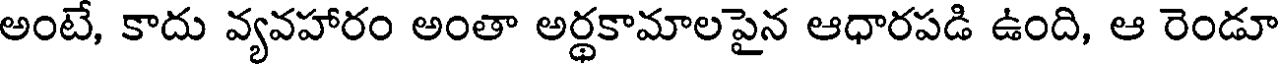
అంటే, కాదు వ్యవహారం అంతా అర్థకామాలపైన ఆధారపడి ఉంది, ఆ రెండూ